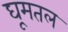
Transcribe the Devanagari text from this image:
घूमतल